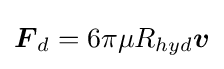
{\boldsymbol {F}}_{d}=6\pi \mu R_{hyd}{\boldsymbol {v}}